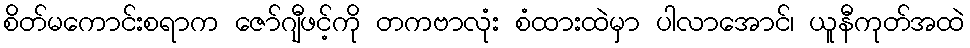
စိတ်မကောင်းစရာက ဇော်ဂျီဖင့်ကို တကဗာလုံး စံထားထဲမှာ ပါလာအောင်၊ ယူနီကုတ်အထဲ